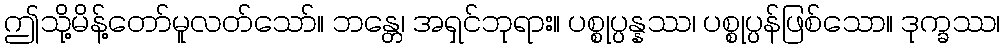
ဤသို့မိန့်တော်မူလတ်သော်။ ဘန္တေ၊ အရှင်ဘုရား။ ပစ္စုပ္ပန္နဿ၊ ပစ္စုပ္ပန်ဖြစ်သော။ ဒုက္ခဿ၊